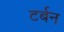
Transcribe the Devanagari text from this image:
टर्बन